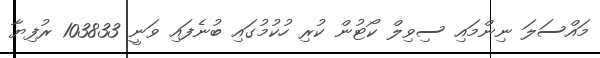
މައްސަލަ ނިންމައި ސިވިލް ކޯޓުން ކުރި ހުކުމުގައި ބުނެފައި ވަނީ 103833 ރުފިޔާ